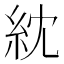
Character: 紞